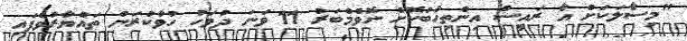
"މިސާލަކަށް އާ ރައީސް އިންތިހާބުކޮށް ނޮވެމްބަރު 11 ވަނަ ދުވަހު ހުވާކުރަން ތައްޔާރުވެފައި